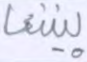
بيننا